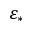
\varepsilon _ { * }